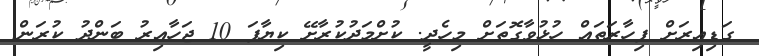
ގަޑިއިރަށް ފިހާރަތައް ހުޅުވާގޮތަށް މިހެދީ. ކުށްމަދުކުރާށޭ ކިޔާފަ 10 ޖަހާއިރު ބަންދު ކުރަން